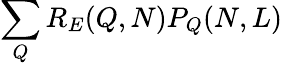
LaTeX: \sum_{Q}{R_{E}(Q,N)P_{Q}(N,L)}